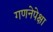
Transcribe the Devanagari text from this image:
गणनेपेक्षा